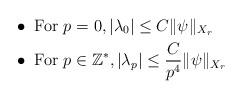
LaTeX: \begin{align*} &\bullet \textrm{ For } p=0 , \vert \lambda_0 \vert\leq C \Vert \psi \Vert_{X_r}\\&\bullet \textrm{ For }p\in\mathbb{Z}^*, \vert \lambda_p \vert\leq \dfrac{C}{p^4} \Vert \psi \Vert_{X_r}\end{align*}